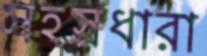
সহস্রধারা